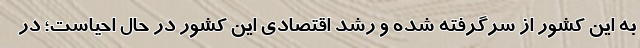
به این کشور از سرگرفته شده و رشد اقتصادی این کشور در حال احیاست؛ در